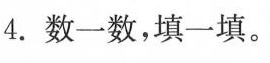
4.数一数，填一填